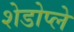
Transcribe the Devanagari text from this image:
शेडोप्ले